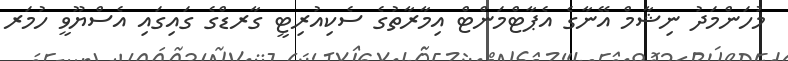
މުހަންމަދު ނިޝާމް އޭނާގެ އެޕާޓްމަންޓް އިމާރާތުގެ ސެކިއުރިޓީ ގާރޑްގެ ގައިގައި އެސްޔޫވީ ހުމަރ